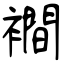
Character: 襇